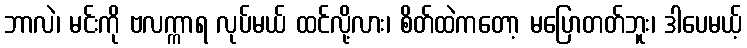
ဘာလဲ၊ မင်းကို ဗလက္ကာရ လုပ်မယ် ထင်လို့လား၊ စိတ်ထဲကတော့ မပြောတတ်ဘူး၊ ဒါပေမယ့်